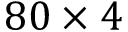
8 0 \times 4